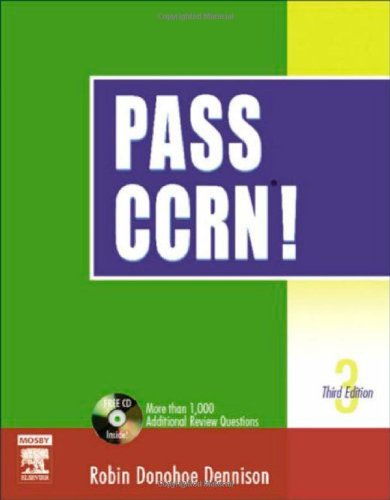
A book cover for Pass CCRN, 3rd Edition; Robin Donohoe Dennison; Medical Books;